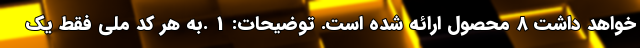
خواهد داشت 8 محصول ارائه شده است. توضیحات: 1 .به هر كد ملي فقط يك